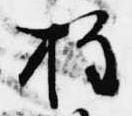
柱